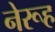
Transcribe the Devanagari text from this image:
नेरूह